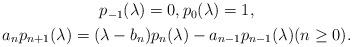
LaTeX: \begin{align*} \begin{gathered} p_{-1}(\lambda) = 0, p_0(\lambda) = 1, \\ a_n p_{n+1}(\lambda) = (\lambda - b_n) p_n(\lambda) - a_{n-1} p_{n-1}(\lambda) (n \geq 0). \end{gathered} \end{align*}